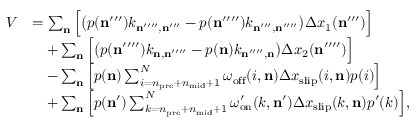
\begin{array} { r l } { V } & { = \sum _ { \mathbf { n } } \Big [ \big ( p ( \mathbf { n } ^ { \prime \prime \prime } ) k _ { \mathbf { n } ^ { \prime \prime \prime \prime } , \mathbf { n } ^ { \prime \prime \prime } } - p ( \mathbf { n } ^ { \prime \prime \prime \prime } ) k _ { \mathbf { n } ^ { \prime \prime \prime } , \mathbf { n } ^ { \prime \prime \prime \prime } } \big ) \Delta x _ { 1 } ( \mathbf { n } ^ { \prime \prime \prime } ) \Big ] } \\ & { \quad + \sum _ { \mathbf { n } } \Big [ \big ( p ( \mathbf { n } ^ { \prime \prime \prime \prime } ) k _ { \mathbf { n } , \mathbf { n } ^ { \prime \prime \prime \prime } } - p ( \mathbf { n } ) k _ { \mathbf { n } ^ { \prime \prime \prime \prime } , \mathbf { n } } \big ) \Delta x _ { 2 } ( \mathbf { n } ^ { \prime \prime \prime \prime } ) \Big ] } \\ & { \quad - \sum _ { \mathbf { n } } \Big [ p ( \mathbf { n } ) \sum _ { i = n _ { \mathrm { p r e } } + n _ { \mathrm { m i d } } + 1 } ^ { N } \omega _ { \mathrm { o f f } } ( i , \mathbf { n } ) \Delta x _ { \mathrm { s l i p } } ( i , \mathbf { n } ) p ( i ) \Big ] } \\ & { \quad + \sum _ { \mathbf { n } } \Big [ p ( \mathbf { n } ^ { \prime } ) \sum _ { k = n _ { \mathrm { p r e } } + n _ { \mathrm { m i d } } + 1 } ^ { N } \omega _ { \mathrm { o n } } ^ { \prime } ( k , \mathbf { n } ^ { \prime } ) \Delta x _ { \mathrm { s l i p } } ( k , \mathbf { n } ) p ^ { \prime } ( k ) \Big ] , } \end{array}